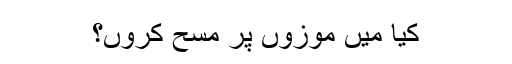
کیا میں موزوں پر مسح کروں؟